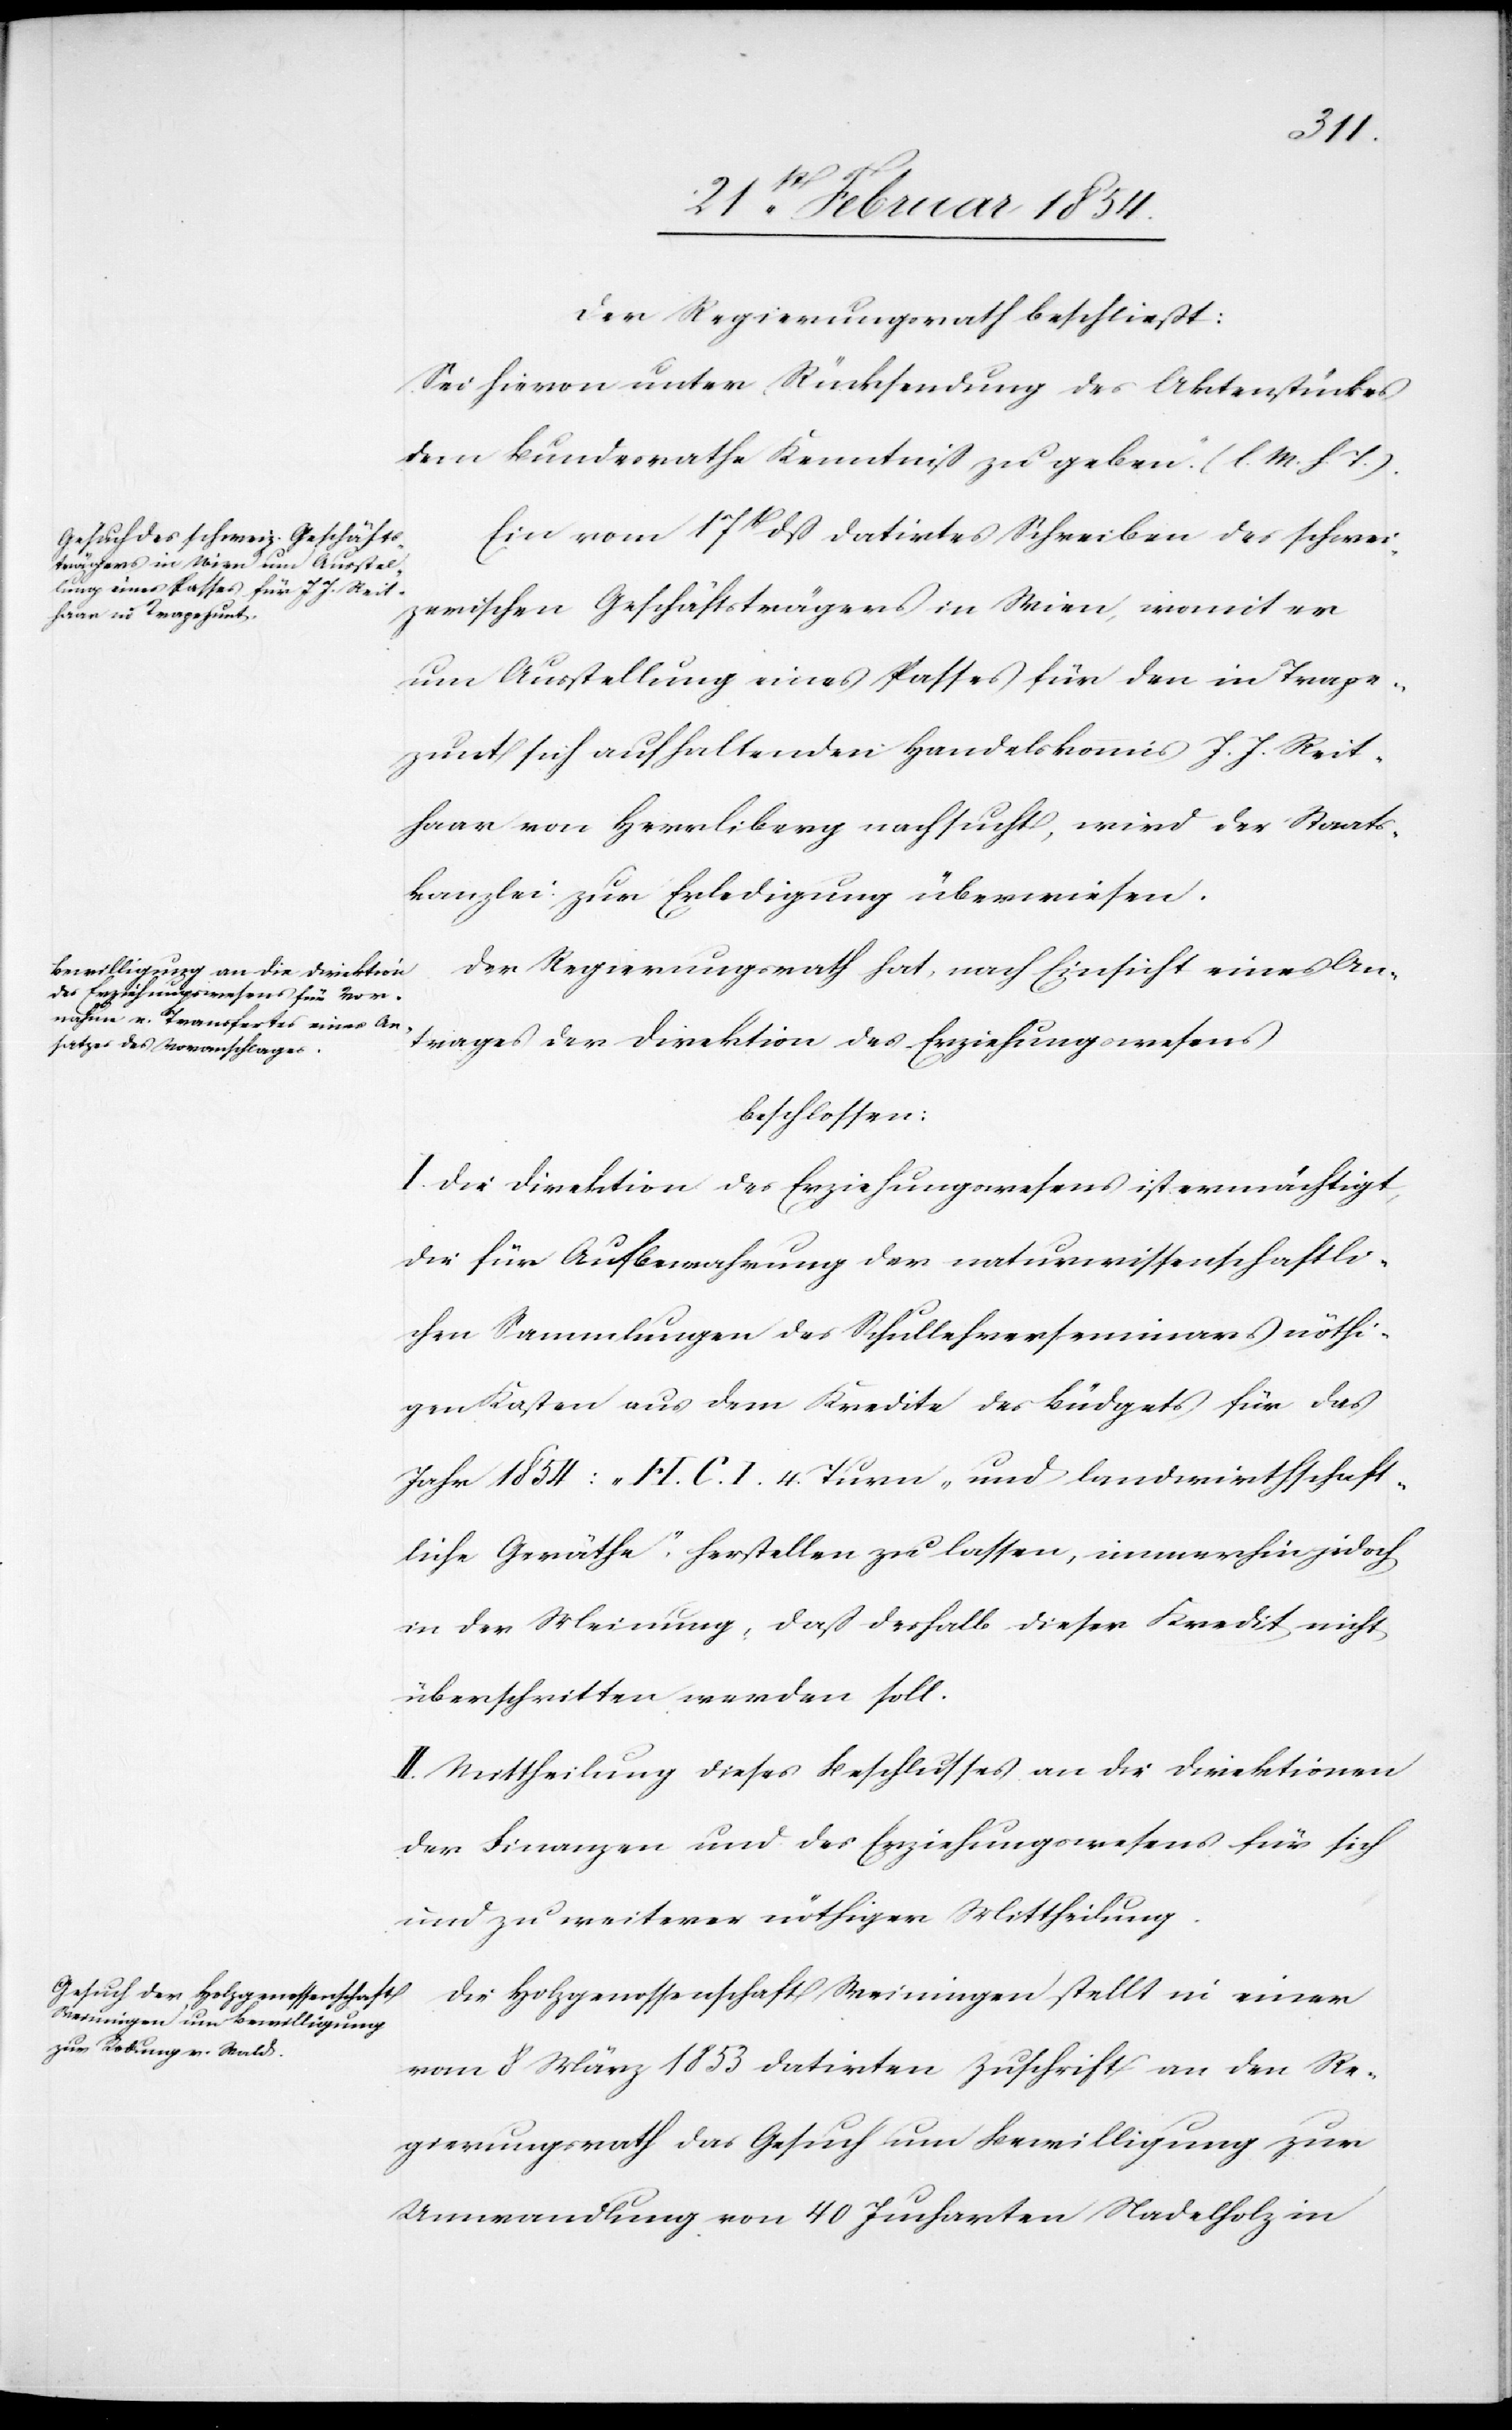
Der Regierungsrath beschließt:
Sei hievon unter Rücksendung des Aktenstückes
dem Bundesrath Kenntniß zu geben. (l. M. h. T.).
Ein vom 17t dß datirtes Schreiben des schwei¬
zerischen Geschäftsträgers in Wien, womit er
um Ausstellung eines Passes für den in Trape¬
zunt sich aufhaltenden Handelskomis J. J. Reit¬
haar von Herrliberg nachsucht, wird der Staats¬
kanzlei zur Erledigung überwiesen.
Der Regierungsrath hat, nach Einsicht eines An¬
trages der Direktion des Erziehungswesens
beschlossen:
I. Die Direktion des Erziehungswesens ist ermächtigt,
die für Aufbewahrung der naturwissenschaftli¬
chen Sammlungen des Schullehrerseminars nöthi¬
gen Kosten aus dem Kredite des Büdgets für das
Jahr 1854: „H. C. I. 4 Turn- und landwirtschaft¬
liche Geräthe“, herstellen zu lassen, immerhin jedoch
in der Meinung, daß deshalb dieser Kredit nicht
überschritten werden soll.
II. Mittheilung dieses Beschlusses an die Direktionen
der Finanzen und des Erziehungswesens für sich
und zu weiterer nöthiger Mittheilung.
Die Holzgenossenschaft Weiningen stellt in einer
vom 8 März 1853 datirten Zuschrift an den Re¬
gierungsrath das Gesuch um Bewilligung zur
Umwandlung von 40 Jucharten Nadelholz in